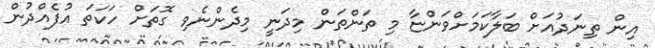
އިން ތިނަދުއަށް ބަލާކަމަށްވަންޏާ މި ތަންތަން މިދަނީ މިދެންނެވި ގޮތަށް ހަކަތަ އުފެއްދުން